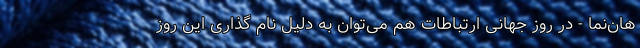
هان‌نما - در روز جهانی ارتباطات هم می‌توان به دلیل نام گذاری این روز